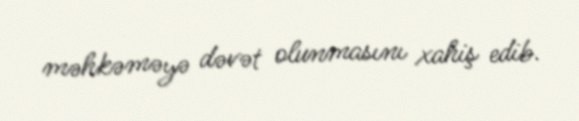
məhkəməyə dəvət olunmasını xahiş edib.